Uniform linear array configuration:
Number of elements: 24
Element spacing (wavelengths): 0.25
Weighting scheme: hamming
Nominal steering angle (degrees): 0
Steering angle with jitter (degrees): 1.606
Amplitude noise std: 0.05
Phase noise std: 0.05

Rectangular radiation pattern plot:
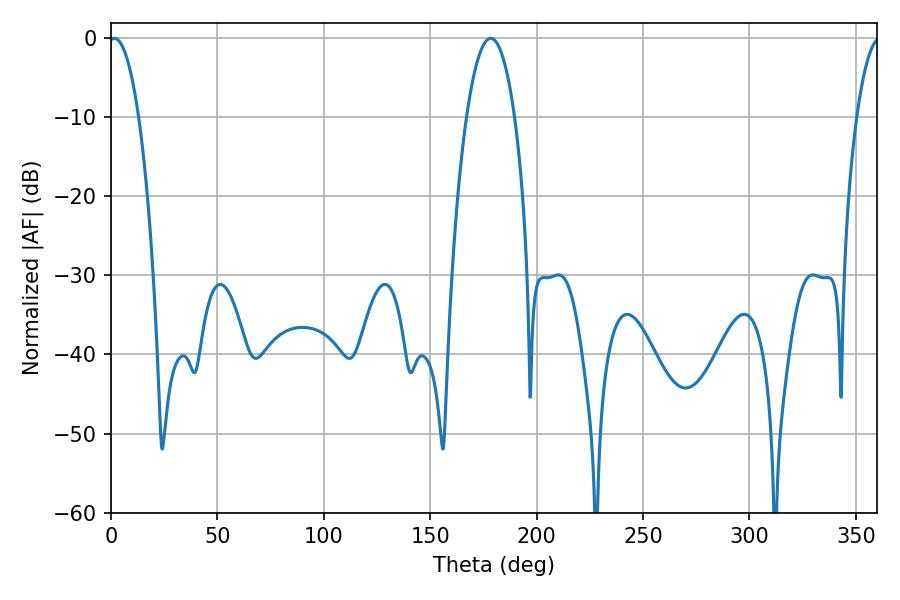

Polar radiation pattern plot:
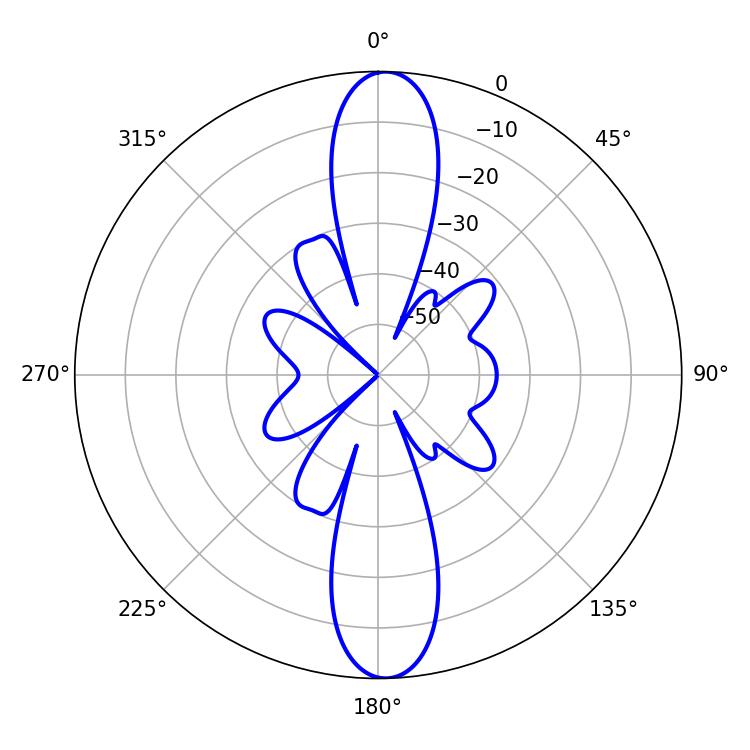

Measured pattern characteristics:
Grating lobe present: FALSE
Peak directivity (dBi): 21.752
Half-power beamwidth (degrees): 7.92
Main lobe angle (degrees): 1.62